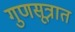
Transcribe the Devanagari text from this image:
गुणसूत्रात